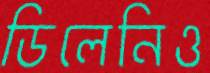
ডিলেনিও